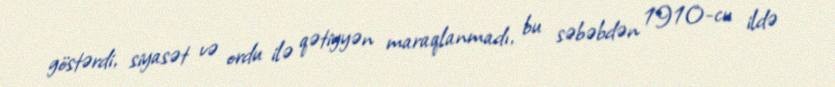
göstərdi, siyasət və ordu ilə qətiyyən maraqlanmadı, bu səbəbdən 1910-cu ildə